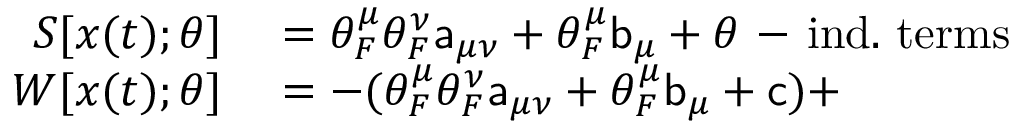
\begin{array} { r l } { S [ { \boldsymbol { x } } ( t ) ; \theta ] } & { { } = \theta _ { F } ^ { \mu } \theta _ { F } ^ { \nu } \mathsf { a } _ { \mu \nu } + \theta _ { F } ^ { \mu } \mathsf { b } _ { \mu } + \theta \mathrm { ~ - ~ } \mathrm { i n d . \ t e r m s } } \\ { W [ { \boldsymbol { x } } ( t ) ; \theta ] } & { { } = - ( \theta _ { F } ^ { \mu } \theta _ { F } ^ { \nu } \mathsf { a } _ { \mu \nu } + \theta _ { F } ^ { \mu } \mathsf { b } _ { \mu } + \mathsf { c } ) + } \end{array}